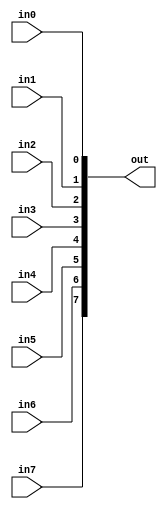
// This program was cloned from: https://github.com/lvyitian/public_personal_files
// License: Creative Commons Zero v1.0 Universal

module TC_Maker8 (in0, in1, in2, in3, in4, in5, in6, in7, out);
    parameter UUID = 0;
    parameter NAME = "";
    input in0;
    input in1;
    input in2;
    input in3;
    input in4;
    input in5;
    input in6;
    input in7;
    output [7:0] out;
    
    assign out = {in7, in6, in5, in4, in3, in2, in1, in0};
endmodule